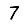
Digit: 7